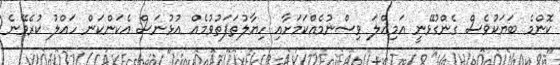
ކޮންމެ ބަޔަކުވެސް ގެންގުޅޭނީ އަމިއްލަ ވިސްނުމެއްކަމަށާއި ހިޔާލުތަފަތުވުމެއް އުޅުނަސް އެކަންކަން ހައްލު ކުރެވޭނެ